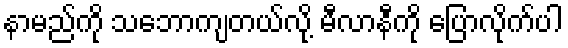
နာမည်ကို သဘောကျတယ်လို့ မီလာနီကို ပြောလိုက်ပါ